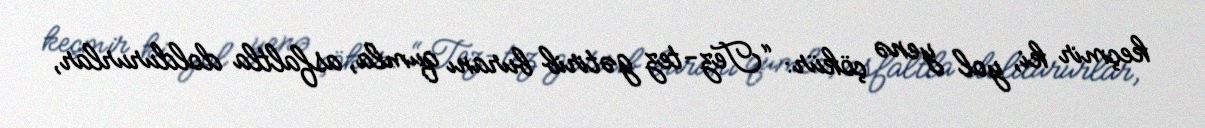
keçmir ki, yol yenə çökür: “Tez-tez gətirib buranı qumla, asfaltla doldururlar,